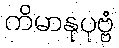
ကိမာနုပုဗ္ဗံ